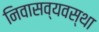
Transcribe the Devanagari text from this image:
निवासव्यवस्था